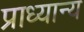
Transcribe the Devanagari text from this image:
प्राध्यान्य